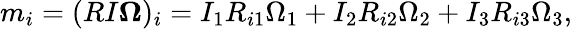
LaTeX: \begin{array}{r}{m_{i}=(RI\boldsymbol{\Omega})_{i}=I_{1}R_{i1}\Omega_{1}+I_{2}R_{i2}\Omega_{2}+I_{3}R_{i3}\Omega_{3},}\end{array}